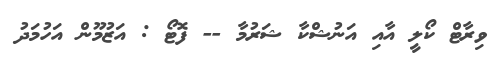
ވިރާޓް ކޯލީ އާއި އަނުޝްކާ ޝަރުމާ -- ފޮޓޯ : އަޒުމޫން އަހުމަދު